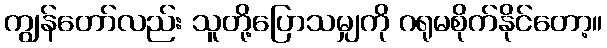
ကျွန်တော်လည်း သူတို့ပြောသမျှကို ဂရုမစိုက်နိုင်တော့။